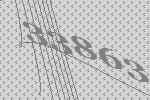
33863